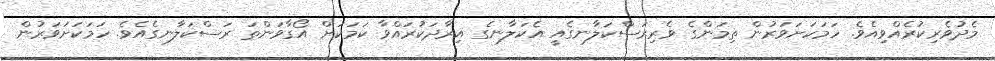
މެދުވެރިކުރެއްވިއެވެ. ހަމަކަށަވަރުން ތިމަންގެ ވެރިރަސްކަލާނގެއީ އެކަލާނގެ އިރާދަކުރައްވާ ކަމަކަށް އޯގާވަންތަ ރަސްކަލާނގެއެވެ. ހަމަކަށަވަރުން